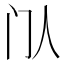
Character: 𬮘